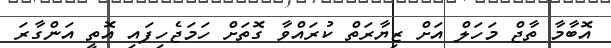
އޮބާމާ ތާޖް މަހަލް އަށް ޒިޔާރަތް ކުރައްވާ ގޮތަށް ހަމަޖެހިފައި އޮތީ އަންގާރަ